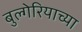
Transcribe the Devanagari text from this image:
बुल्गेरियाच्या